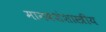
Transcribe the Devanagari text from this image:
मानवशंशास्त्रीय